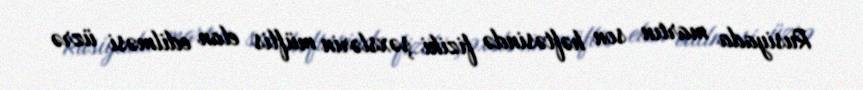
Rusiyada martın son həftəsində fiziki şəxslərin müflis elan edilməsi üzrə